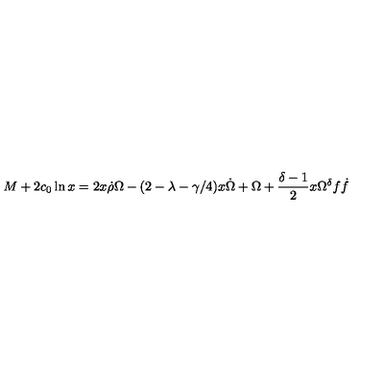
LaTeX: M + 2 c _ { 0 } \ln x = 2 x \dot { \rho } \Omega - ( 2 - \lambda - \gamma / 4 ) x \dot { \Omega } + \Omega + \frac { \delta - 1 } { 2 } x \Omega ^ { \delta } f \dot { f }